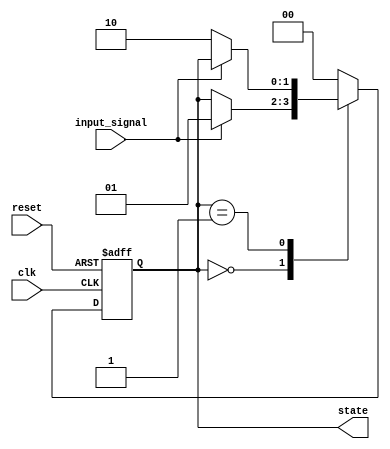
module fsm_example (
    input wire clk,          // Clock input
    input wire reset,        // Asynchronous reset
    input wire input_signal, // Input signal for state transition
    output reg [1:0] state   // 2-bit state output
);

// State Encoding
parameter STATE_0 = 2'b00;
parameter STATE_1 = 2'b01;
parameter STATE_2 = 2'b10;

// Initial state
initial begin
    state = STATE_0;
end

// Sequential logic using event control
always @(posedge clk or posedge reset) begin
    if (reset) begin
        // Reset state to STATE_0
        state <= STATE_0;
    end else begin
        // State transition logic
        case (state)
            STATE_0: begin
                if (input_signal) begin
                    state <= STATE_1; // Transition to STATE_1 on input_signal
                end
            end
            STATE_1: begin
                if (!input_signal) begin
                    state <= STATE_2; // Transition to STATE_2 on negation of input_signal
                end
            end
            STATE_2: begin
                // Loop back to STATE_0 for demonstration
                state <= STATE_0; // Transition back to STATE_0
            end
            default: state <= STATE_0; // Default case
        endcase
    end
end

endmodule